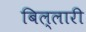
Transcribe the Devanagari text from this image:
बिल्लारी